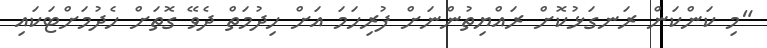
"މި ކަންކަން ރަނގަޅުކޮށް ރައްޔިތުންނަށް ފުރިހަމަ އަށް ހިދުމަތް ދެވޭ ގޮތަށް ހެދުމަށްޓަކައި